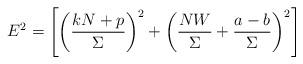
LaTeX: \begin{align*}E^2 = \left[\left(\frac{kN + p}{\Sigma}\right)^2 + \left(\frac{NW}{\Sigma}+ \frac{a - b}{\Sigma}\right)^2\right]\end{align*}